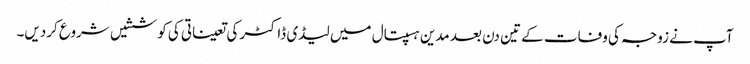
آپ نے زوجہ کی وفات کے تین دن بعد مدین ہسپتال میں لیڈی ڈاکٹر کی تعیناتی کی کوششیں شروع کردیں۔